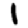
Digit: 1